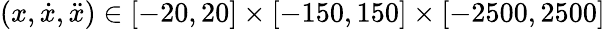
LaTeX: (x,\dot{x},\ddot{x})\in[-20,20]\times[-150,150]\times[-2500,2500]